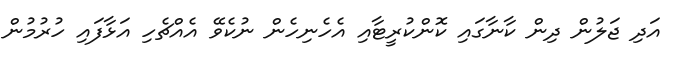
އަދި ޖަލުން ދިން ކާނާގައި ކޮންކުރީޓާއި އެހެނިހެން ނުކެވޭ އެއްޗެހި އަޅާފައި ހުރުމުން